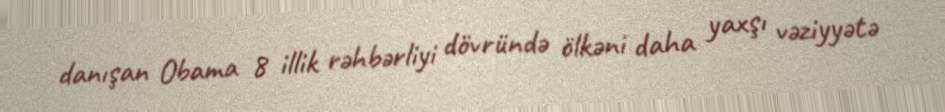
danışan Obama 8 illik rəhbərliyi dövründə ölkəni daha yaxşı vəziyyətə